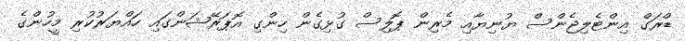
ޑްރަގް އިންޓެލިޖެންސް ޔުނިޔާއި މެރިން ޕޮލިސް ގުޅިގެން ހިންގި އޮޕަރޭޝަންގައި ހައްޔަރުކުރި މީހުންގެ